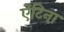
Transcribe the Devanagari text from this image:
ऐंटिना